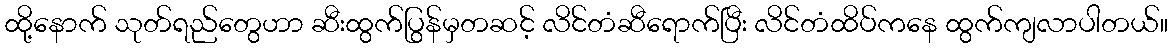
ထို့နောက် သုတ်ရည်တွေဟာ ဆီးထွက်ပြွန်မှတဆင့် လိင်တံဆီရောက်ပြီး လိင်တံထိပ်ကနေ ထွက်ကျလာပါတယ်။